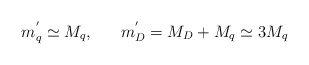
\begin{align*}m_{q}^{'} \simeq M_{q}, ~~~~~m_{D}^{'} = M_{D} + M_{q} \simeq 3 M_{q}\end{align*}